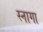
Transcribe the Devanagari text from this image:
स्नागा